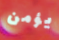
يؤمن